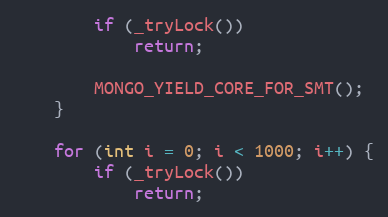
Language: C++
        if (_tryLock())
            return;

        MONGO_YIELD_CORE_FOR_SMT();
    }

    for (int i = 0; i < 1000; i++) {
        if (_tryLock())
            return;